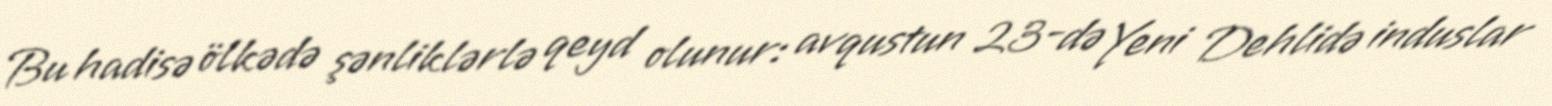
Bu hadisə ölkədə şənliklərlə qeyd olunur: avqustun 23-də Yeni Dehlidə induslar